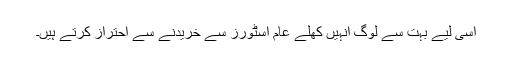
اسی لیے بہت سے لوگ انہیں کھلے عام اسٹورز سے خریدنے سے احتراز کرتے ہیں۔